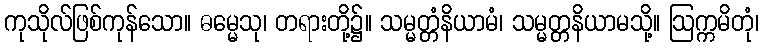
ကုသိုလ်ဖြစ်ကုန်သော။ ဓမ္မေသု၊ တရားတို့၌။ သမ္မတ္တံနိယာမံ၊ သမ္မတ္တနိယာမသို့။ ဩက္ကမိတုံ၊